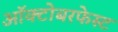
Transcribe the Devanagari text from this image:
ऑक्टोबरफेस्ट